Elephants and their diseases
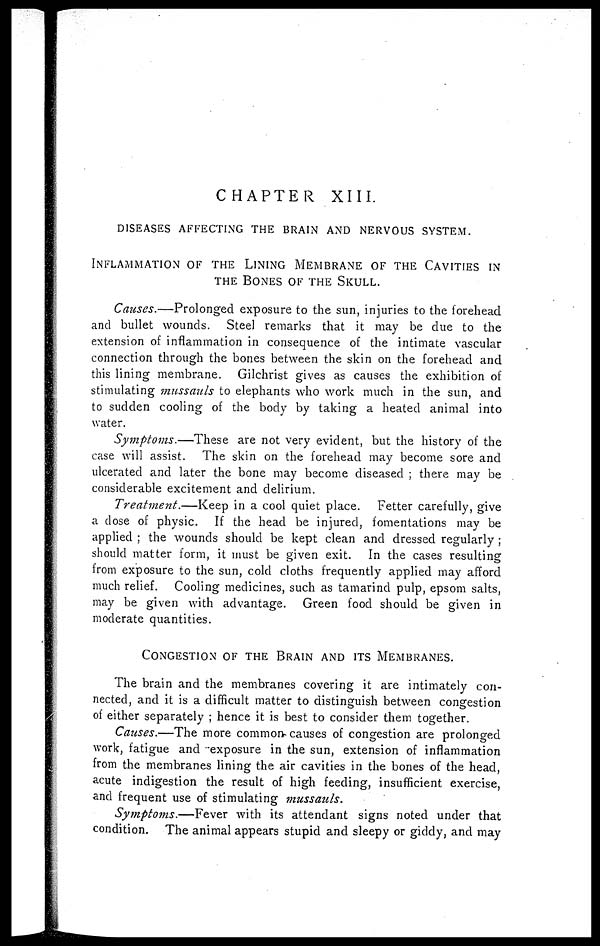
CHAPTER
XIII
DISEASES AFFECTING THE BRAIN AND NERVOUS SYSTEM.
INFLAMMATION OF THE LINING MEMBRANE OF THE CAVITIES IN
THE BONES OF THE SKULL.
Causes.—Prolonged exposure to the sun, injuries to the forehead
and bullet wounds. Steel remarks that it may be due to the
extension of inflammation in consequence of the intimate vascular
connection through the bones between the skin on the forehead and
this lining membrane. Gilchrist gives as causes the exhibition of
stimulating mussauls to elephants who work much in the sun, and
to sudden cooling of the body by taking a heated animal into
water.
Symptoms.—These
are not very evident, but the history of the
case will assist. The skin on the forehead may become sore and
ulcerated and later the bone may become diseased ; there may be
considerable excitement and delirium.
Treatment.—Keep
in a cool quiet place. Fetter carefully, give
a dose of physic. If the head be injured, fomentations may be
applied ; the wounds should be kept clean and dressed regularly ;
should matter form, it must be given exit. In the cases resulting
from exposure to the sun, cold cloths frequently applied may afford
much relief. Cooling medicines, such as tamarind pulp, epsom salts,
may be given with advantage. Green food should be given in
moderate quantities.
CONGESTION OF THE BRAIN AND ITS MEMBRANES.
The brain and the membranes covering it are intimately con-
nected, and it is a difficult matter to distinguish between congestion
of either separately ; hence it is best to consider them together.
Causes.—The more common causes of congestion are prolonged
work, fatigue and exposure in the sun, extension of inflammation
from the membranes lining the air cavities in the bones of the head,
acute indigestion the result of high feeding, insufficient exercise,
and frequent use of stimulating mussauls.
Symptoms.—Fever
with its attendant signs noted under that
condition. The animal appears stupid and sleepy or giddy, and may